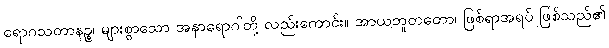
ရောဂသတာနဉ္စ၊ များစွာသော အနာရောဂါတို့ လည်းကောင်း။ အာယဘူတတော၊ ဖြစ်ရာအရပ် ဖြစ်သည်၏